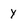
Character: Y